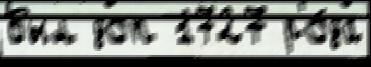
был доп 1727 ро́да